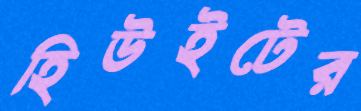
হিউইটের